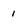
Character: 1